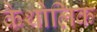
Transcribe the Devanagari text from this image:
कैथोलिक